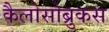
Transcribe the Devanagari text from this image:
कैलोसोब्रुकस